Lunatic asylums Punjab 1868-1880 - 1868-1880
Year: 1868
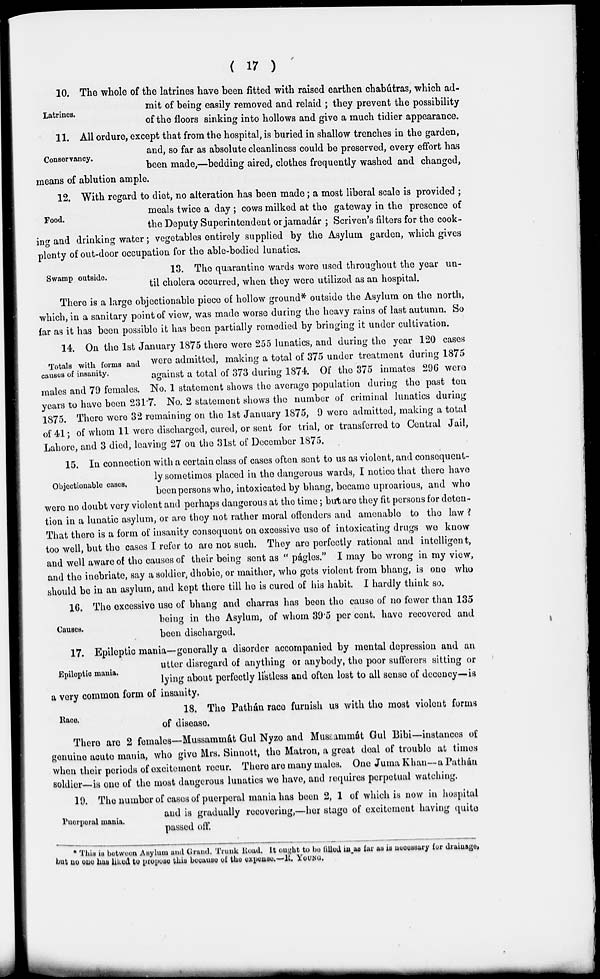
( 17 )
Latrines.
10. The whole of the latrines have been fitted with raised earthen chabútras, which ad-
mit of being easily removed and relaid ; they prevent the possibility
of the floors sinking into hollows and give a much tidier appearance.
Conservancy.
11. All ordure, except that from the hospital, is buried in shallow trenches in the garden,
and, so far as absolute cleanliness could be preserved, every effort has
been made,—bedding aired, clothes frequently washed and changed,
means of ablution ample.
Food.
12. With regard to diet, no alteration has been made; a most liberal scale is provided ;
meals twice a day ; cows milked at the gateway in the presence of
the Deputy Superintendent or jamadár ; Scriven's filters for the cook-
ing and drinking water; vegetables entirely supplied by the Asylum garden, which gives
plenty of out-door occupation for the able-bodied lunatics.
Swamp outside.
13. The quarantine wards were used throughout the year un-
til cholera occurred, when they were utilized as an hospital.
There is a large objectionable piece of hollow ground* outside the Asylum on the north,
which, in a sanitary point of view, was made worse during the heavy rains of last autumn. So
far as it has been possible it has been partially remedied by bringing it under cultivation.
Totals with forms and
causes of insanity.
14. On the 1st January 1875 there were 255 lunatics, and during the year 120 cases
were admitted, making a total of 375 under treatment during 1875
against a total of 373 during 1874. Of the 375 inmates 296 were
males and 79 females. No. 1 statement shows the average population during the past ten
years to have been 231.7. No. 2 statement shows the number of criminal lunatics during
1875. There were 32 remaining on the 1st January 1875, 9 were admitted, making a total
of 41; of whom 11 were discharged, cured, or sent for trial, or transferred to Central Jail,
Lahore, and 3 died, leaving 27 on the 31st of December 1875.
Objectionable cases.
15. In connection with a certain class of cases often sent to us as violent, and consequent-
ly sometimes placed in the dangerous wards, I notice that there have
been persons who, intoxicated by bhang, became uproarious, and who
were no doubt very violent and perhaps dangerous at the time; but are they fit persons for deten-
tion in a lunatic asylum, or are they not rather moral offenders and amenable to the law ?
That there is a form of insanity consequent on excessive use of intoxicating drugs we know
too well, but the cases I refer to are not such. They are perfectly rational and intelligent,
and well aware of the causes of their being sent as " págles." I may be wrong in my view,
and the inebriate, say a soldier, dhobie, or maither, who gets violent from bhang, is one who
should be in an asylum, and kept there till he is cured of his habit. I hardly think so.
Causes.
16. The excessive use of bhang and charras has been the cause of no fewer than 135
being in the Asylum, of whom 39.5 per cent. have recovered and
been discharged.
Epileptic mania.
17. Epileptic mania—generally a disorder accompanied by mental depression and an
utter disregard of anything or anybody, the poor sufferers sitting or
lying about perfectly listless and often lost to all sense of decency—is
a very common form of insanity.
Race.
18. The Pathán race furnish us with the most violent forms
of disease.
There are 2 females—Mussammát Gul Nyzo and Mussammát Gul Bibi—instances of
genuine acute mania, who give Mrs. Sinnott, the Matron, a great deal of trouble at times
when their periods of excitement recur. There are many males. One Juma Khan—a Pathán
soldier—is one of the most dangerous lunatics we have, and requires perpetual watching.
Puerperal mania.
19. The number of cases of puerperal mania has been 2, 1 of which is now in hospital
and is gradually recovering,—her stage of excitement having quite
passed off.
* This is between Asylum and Grand. Trunk Road. It ought to be filled in as far as is necessary for drainage,
but no one has liked to propose this because of the expense.— R. YOUNG.